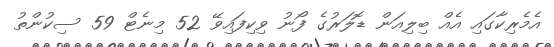
އެމެރިކާގައި އެއް ބިލިއަން ޑޮލަރުގެ ފޯނު ވިކިފައިވޭ 52 މިނެޓް 59 ސިކުންތު